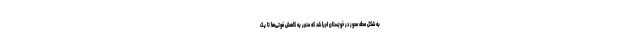
به شکل محله محور در خوزستان اجرا شد که منجر به کاهش فوتی‌ها تا یک